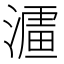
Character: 𱨪